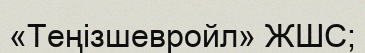
«Теңізшевройл» ЖШС;